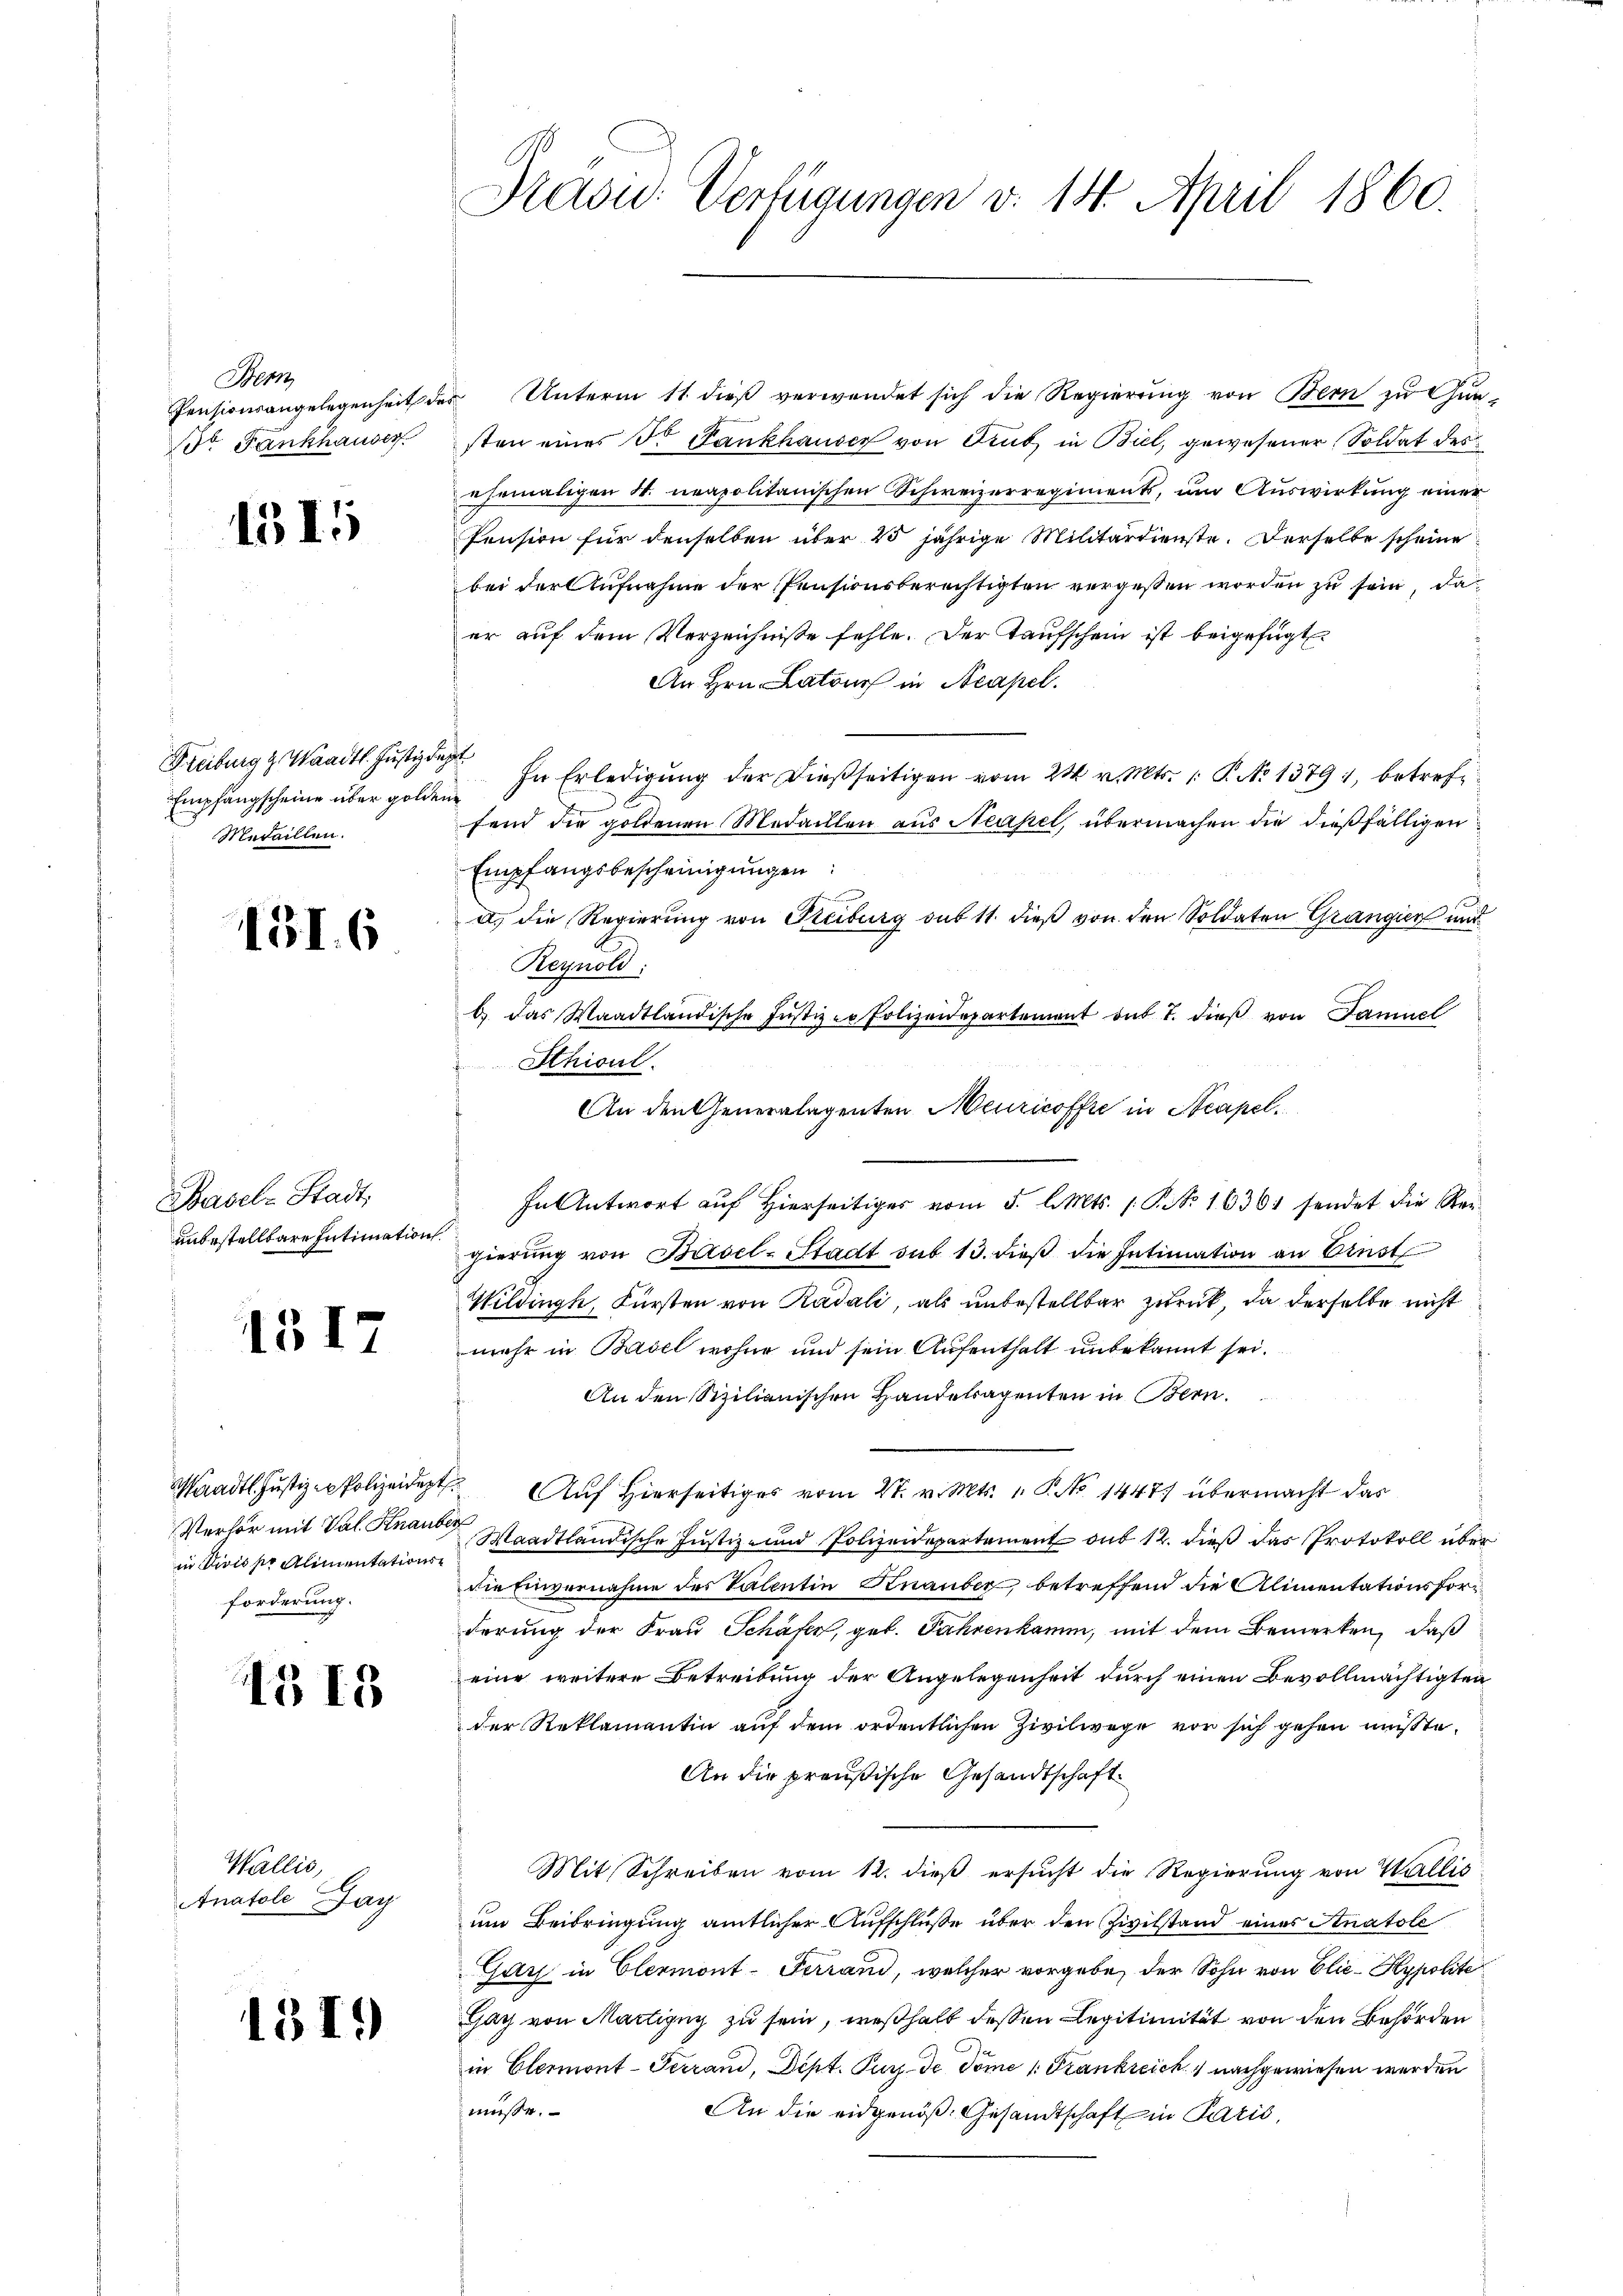
Bern
Pensionsangelegenheit de
dr. Fankhauser

1315

Freiburg z. Waadt. Justizde
Empfangscheine über golden
Medaillen.

GI. 6

Basel-Stadt
unbestellbare Intimation.

1317

aadtl. Justizen Polizeidigt
Verhör mit Val Knaub
in Divis pr Alimentation
forderung.

B IS

Wallis,
Anatole Jag

1319)

Draou: Verfügungen v. 14. April 1860.

Unterm 11. dieß verwendet sich die Regierung von Bern zu Gunsten eines Dr. Fankhauser von Dint in Biel, gewesener Soldat des
ehemaligen St. neapolitanischen Schweizerregiment, um Auswirkung einer
Pension für denselben über 15 jährige Militärdienste. Derselbe scheine
bei der Aufnahme der Pensionsberechtigten vergessen worden zu sein, da
er auf dem Verzeichnisse fehle. Der Taufschein ist beigefügt
An Hrn. Latours in Neapel.
a
In Erledigung der dießseitigen vom 24. v. Mts. 1. P. No 13791, betref¬
1
fend die goldenen Medaillen aus Neapel, übermachen die dießfälligen
Empfangsbescheinigungen
a) die Regierung von Freiburg sub 11. dieß von den Soldaten Grangien und
Reynold:
6 das Waadtländische Justiz er Polizeidepartement ont 7. dieβ von Famuel
Schil
An den Generalagenten Meuricoffe in Neapel¬
In Antwort auf Hierseitiges vom 5. l. Mts. 1. P. No 1636 sendet die Stergierung von Basel-Stadt sub 13. dieß die Intimation an Einst
Wildingt, Fürsten von Radali, als unbestellbar zurück, da derselbe nicht
mehr in Basel wohne und sein Aufenthalt unbekannt sei.
An den Sizilianischen Handetragenten in Bern.
 Auf Hierseitiges vom 27. v. Mts. 1. No 1447. übermacht das
i
Waadtländische Justiz- und Polizeidepartement du 12. dieß das Protokoll über
die Einvernahme des Valentin Knauber, betreffend die Alimentationsforderung der Frau Schäfer, geb. Fahrenkam, mit dem Bemerken, daß
eine weitere Betreibung der Angelegenheit durch einen Bevollmächtigten
der Reklamantin auf dem ordentlichen Zivilwege vor sich gehen müßte.
An die preußische Gesandtschaft
Mit Schreiben vom 12. dieß ersucht die Regierung von Wallis
um Beibringung amtlicher Aufschluße über den Zivilstand eines Anatole
Zuz in Elermont-Terrand, welcher vorgebe, der Sohn von Elie-Kypolite
Gag von Martigny zu sein, weshalt dessen Legitimität von den Behörden
in Elermont-Terrand, Dept. Purs de Dome 1. Frankreich nachgewiesen werden
müsse.
An die eidgenöß. Gesandtschaft in Paris,